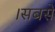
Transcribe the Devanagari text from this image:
।सबसे